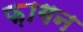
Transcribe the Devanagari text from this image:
फ़ागन